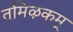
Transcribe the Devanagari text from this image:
तमिऴकम्